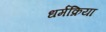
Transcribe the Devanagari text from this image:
धर्मक्रिया